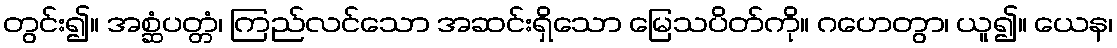
တွင်း၍။ အစ္ဆံပတ္တံ၊ ကြည်လင်သော အဆင်းရှိသော မြေသပိတ်ကို။ ဂဟေတွာ၊ ယူ၍။ ယေန၊